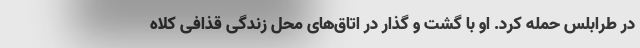
در طرابلس حمله کرد. او با گشت و گذار در اتاق‌های محل زندگی قذافی کلاه